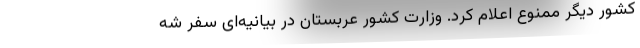
کشور دیگر ممنوع اعلام کرد. وزارت کشور عربستان در بیانیه‌ای سفر شه